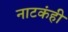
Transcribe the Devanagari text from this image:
नाटकंही